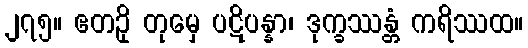
၂၇၅။ ဧတဥှိ တုမှေ ပဋိပန္နာ၊ ဒုက္ခဿန္တံ ကရိဿထ။